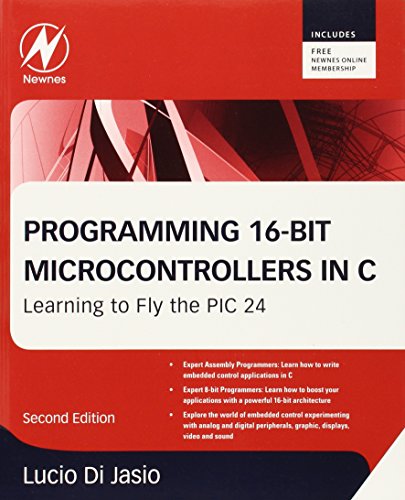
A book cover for Programming 16-Bit PIC Microcontrollers in C, Second Edition: Learning to Fly the PIC 24; Lucio Di Jasio; Computers & Technology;